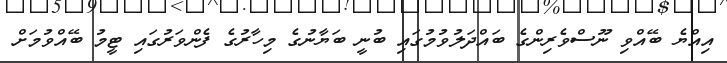
އިއްޔެ ބޭއްވި ނޫސްވެރިންގެ ބައްދަލުވުމުގައި ބުނީ ބަޔާނުގެ މިހާރުގެ ފެންވަރުގައި ޓީމު ބޭއްވުމަށް